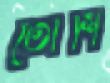
তোশি